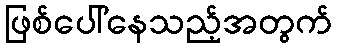
ဖြစ်ပေါ်နေသည့်အတွက်